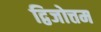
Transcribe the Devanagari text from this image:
द्विजोत्तम